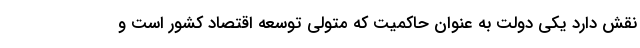
نقش دارد یکی دولت به عنوان حاکمیت که متولی توسعه اقتصاد کشور است و